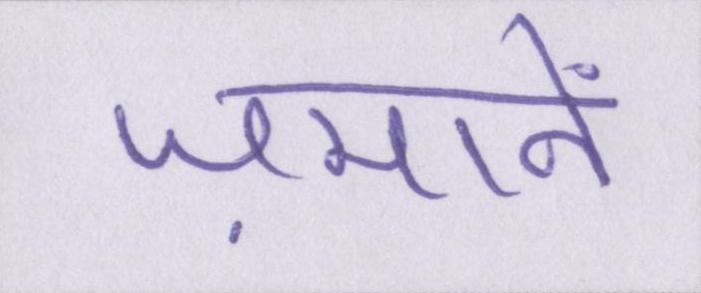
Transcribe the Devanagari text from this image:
ज़मानें